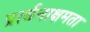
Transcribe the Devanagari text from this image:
प्रार्थनाक्षमता